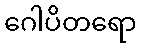
ဂေါပိတရော